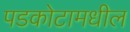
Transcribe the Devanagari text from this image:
पडकोटामधील